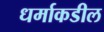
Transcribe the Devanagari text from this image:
धर्माकडील